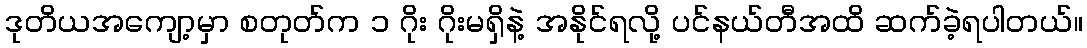
ဒုတိယအကျော့မှာ စတုတ်က ၁ ဂိုး ဂိုးမရှိနဲ့ အနိုင်ရလို့ ပင်နယ်တီအထိ ဆက်ခဲ့ရပါတယ်။